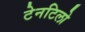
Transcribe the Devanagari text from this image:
टेनटिलो